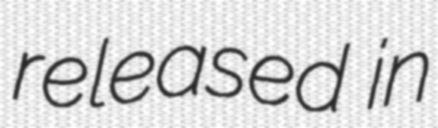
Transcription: released in